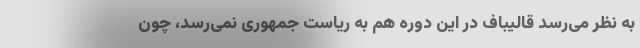
به نظر می‌رسد قالیباف در این دوره هم به ریاست جمهوری نمی‌رسد، چون